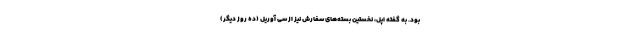
بود. به گفته اپل، نخستین بسته‌های سفارش نیز از سی آوریل (ده روز دیگر)